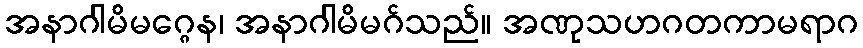
အနာဂါမိမဂ္ဂေန၊ အနာဂါမိမဂ်သည်။ အဏုသဟဂတကာမရာဂ